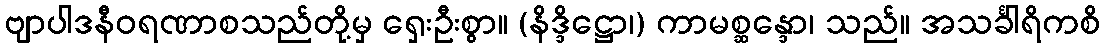
ဗျာပါဒနီဝရဏာစသည်တို့မှ ရှေးဦးစွာ။ (နိဒ္ဒိဋ္ဌော၊) ကာမစ္ဆန္ဒော၊ သည်။ အသင်္ခါရိကစိ